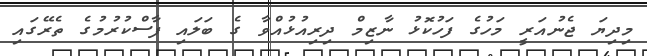
މިދިޔަ ޖެނުއަރީ މަހުގެ ފަހުކޮޅު ނާޒިމް ދިރިއުޅުއްވާ ގެ ބަލައި ފާސްކުރުމުގެ ތެރޭގައި